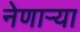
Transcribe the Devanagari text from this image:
नेणाऱ्‍या